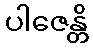
ပါဇေန္တိ